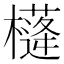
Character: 𣝘